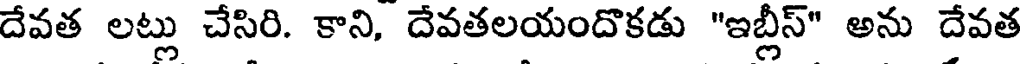
దేవత లట్లు చేసిరి. కాని, దేవతలయందొకడు "ఇబ్లీస్" అను దేవత